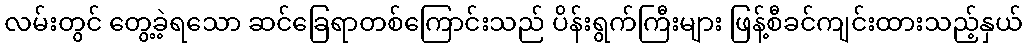
လမ်းတွင် တွေ့ခဲ့ရသော ဆင်ခြေရာတစ်ကြောင်းသည် ပိန်းရွက်ကြီးများ ဖြန့်စီခင်ကျင်းထားသည့်နှယ်